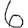
Digit: 6